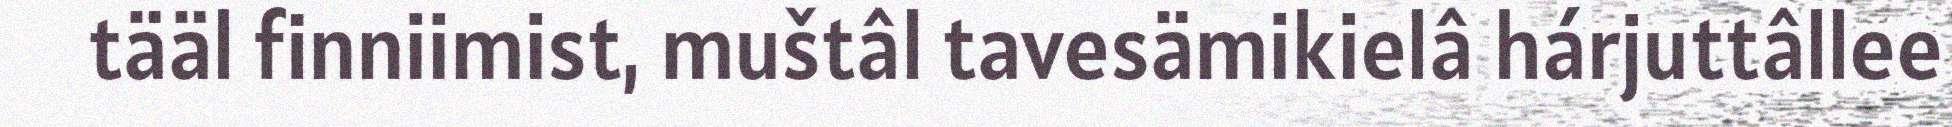
tääl finniimist, muštâl tavesämikielâ hárjuttâllee